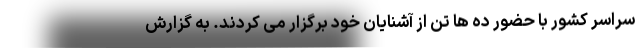
سراسر کشور با حضور ده ها تن از آشنایان خود برگزار می کردند. به گزارش